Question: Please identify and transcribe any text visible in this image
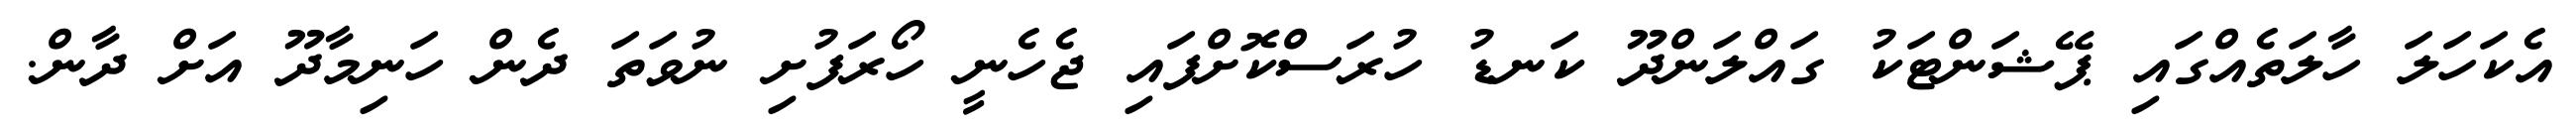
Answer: އެކަހަލަ ހާލަތެއްގައި ޕޭޝަންޓަކު ގައްލަންދޫ ކަނޑު ހުރަސްކޮށްފައި ޖެހެނީ ހޯރަފުށި ނުވަތަ ދެން ހަނިމާދޫ އަށް ދާން.